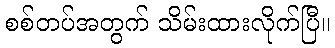
စစ်တပ်အတွက် သိမ်းထားလိုက်ပြီ။